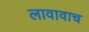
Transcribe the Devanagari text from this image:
लावावाच